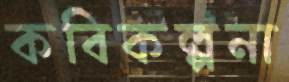
কবিকল্পনা